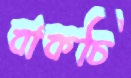
বাকচি